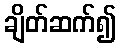
ချိတ်ဆက်၍